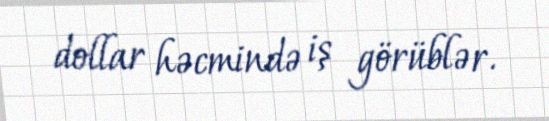
dollar həcmində iş görüblər.